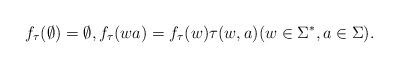
LaTeX: \begin{align*}f_\tau(\emptyset) = \emptyset, f_\tau(wa) = f_\tau(w) \tau(w, a) (w \in \Sigma^*, a \in \Sigma).\end{align*}